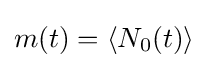
m(t)=\langle N_{0}(t)\rangle